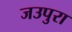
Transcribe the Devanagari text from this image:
जउपुरा